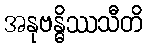
အနုဗန္ဓိဿသီတိ